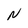
Character: N